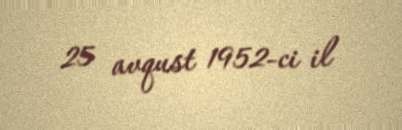
25 avqust 1952-ci il